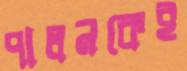
পালনকেই